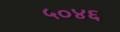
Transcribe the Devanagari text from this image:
५०४६